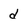
Character: d